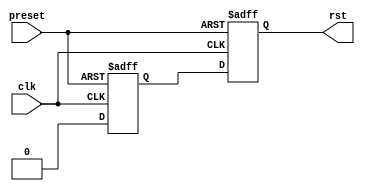
module ad_rst (

  // clock reset

  preset,
  clk,
  rst);

  // clock reset

  input           preset;
  input           clk;
  output          rst;

  // internal registers

  reg             rst_p = 'd0;
  reg             rst = 'd0;

  // simple reset gen

  always @(posedge clk or posedge preset) begin
    if (preset == 1'b1) begin
      rst_p <= 1'd1;
      rst <= 1'd1;
    end else begin
      rst_p <= 1'b0;
      rst <= rst_p;
    end
  end

endmodule